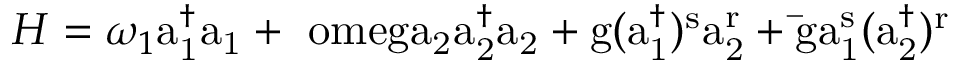
H = \omega _ { 1 } \mathrm { a _ { 1 } ^ { \dagger } a _ { 1 } + \ o m e g a _ { 2 } \mathrm { a _ { 2 } ^ { \dagger } a _ { 2 } + \mathrm { g ( a _ { 1 } ^ { \dagger } ) ^ { s } a _ { 2 } ^ { r } + \bar { \mathrm { g } } a _ { 1 } ^ { s } ( a _ { 2 } ^ { \dagger } ) ^ { r } } } }